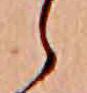
ゝ